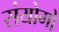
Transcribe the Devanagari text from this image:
संयोगो